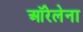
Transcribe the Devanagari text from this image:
ऑरेलेना